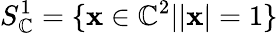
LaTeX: S_{\mathbb{C}}^{1}=\{ {\mathbf x}\in\mathbb{C}^{2}||{\mathbf x}|=1\}